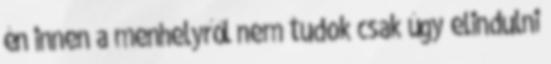
én innen a menhelyről nem tudok csak úgy elindulni